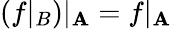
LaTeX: (f|_{B})|_{\mathbf{A}}=f|_{\mathbf{A}}